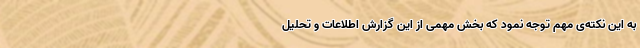
به این نکته‌ی مهم توجه نمود که بخش مهمی از این گزارش اطلاعات و تحلیل